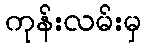
ကုန်းလမ်းမှ